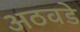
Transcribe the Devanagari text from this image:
अठवडे